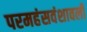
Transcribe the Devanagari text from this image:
परमहंसवंशावली